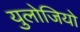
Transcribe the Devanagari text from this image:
युलोजियो